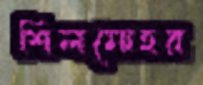
শিলমোহর